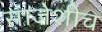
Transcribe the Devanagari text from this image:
साजेशीच